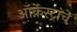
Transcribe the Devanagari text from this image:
ऑर्केस्ट्रांचे